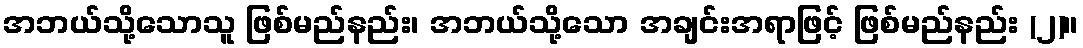
အဘယ်သို့သောသူ ဖြစ်မည်နည်း၊ အဘယ်သို့သော အချင်းအရာဖြင့် ဖြစ်မည်နည်း (၂)။